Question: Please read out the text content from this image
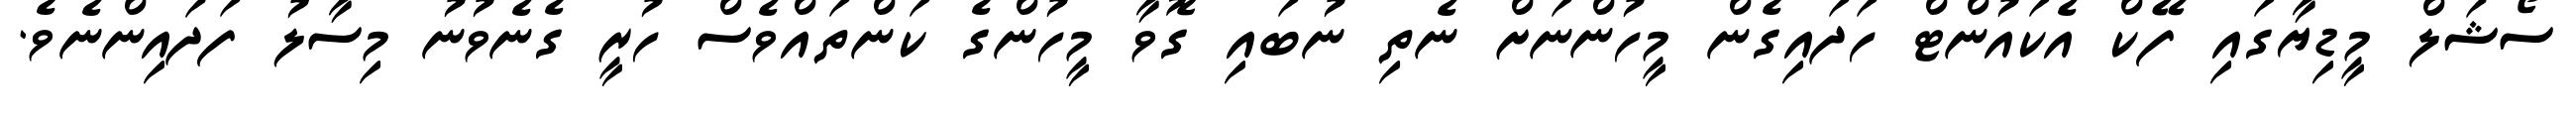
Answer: ސޯޝަލް މީޑިޔާގައި ފޭކް އެކައުންޓް ހަދައިގެން މީހުންނަށް ނެތި ނުބައި ގޮވާ މީހުންގެ ކަންތައްވެސް ހުރީ ގެނެވުނު މިސާލު ފަދައިންނެވެ.